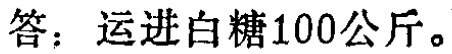
答：运进白糖100公斤。